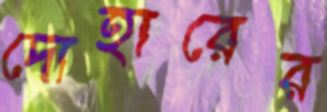
দোহারের